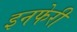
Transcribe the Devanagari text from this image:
इनफेरी